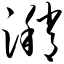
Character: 潲